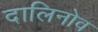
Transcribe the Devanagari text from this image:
दालिनोव